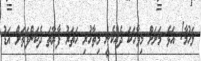
ލަހުމާ! އަޅެ މަށަށް މިވާހަކަ ދެއްކެނީ މިތާހުރި ހަތަރު ފާރާތަ ދެކަންފަތަށް އަޑު